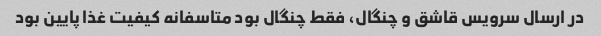
در ارسال سرویس قاشق و چنگال، فقط چنگال بود متاسفانه کیفیت غذا پایین بود